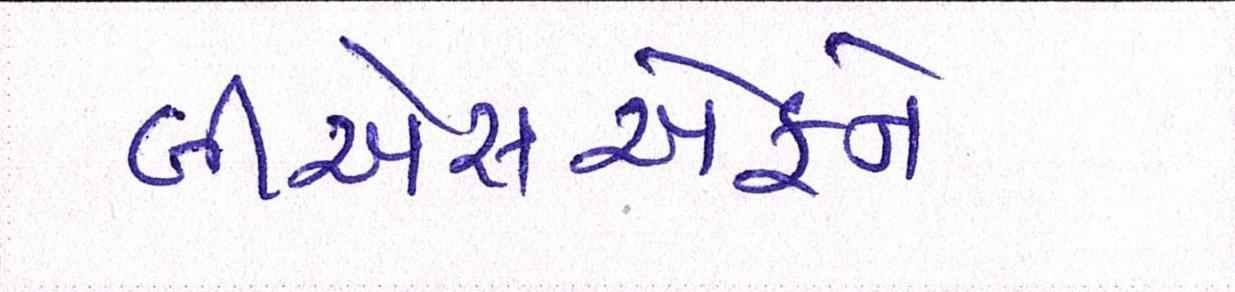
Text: બીએસએફને